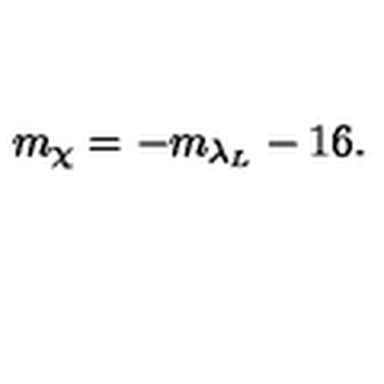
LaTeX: m _ { \chi } = - m _ { \lambda _ { L } } - 1 6 .